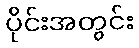
ပိုင်းအတွင်း